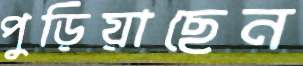
পুড়িয়াছেন